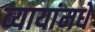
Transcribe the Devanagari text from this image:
व्यायांमधे